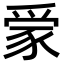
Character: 𧱌